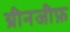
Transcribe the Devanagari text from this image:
ग्रीनजीफ़